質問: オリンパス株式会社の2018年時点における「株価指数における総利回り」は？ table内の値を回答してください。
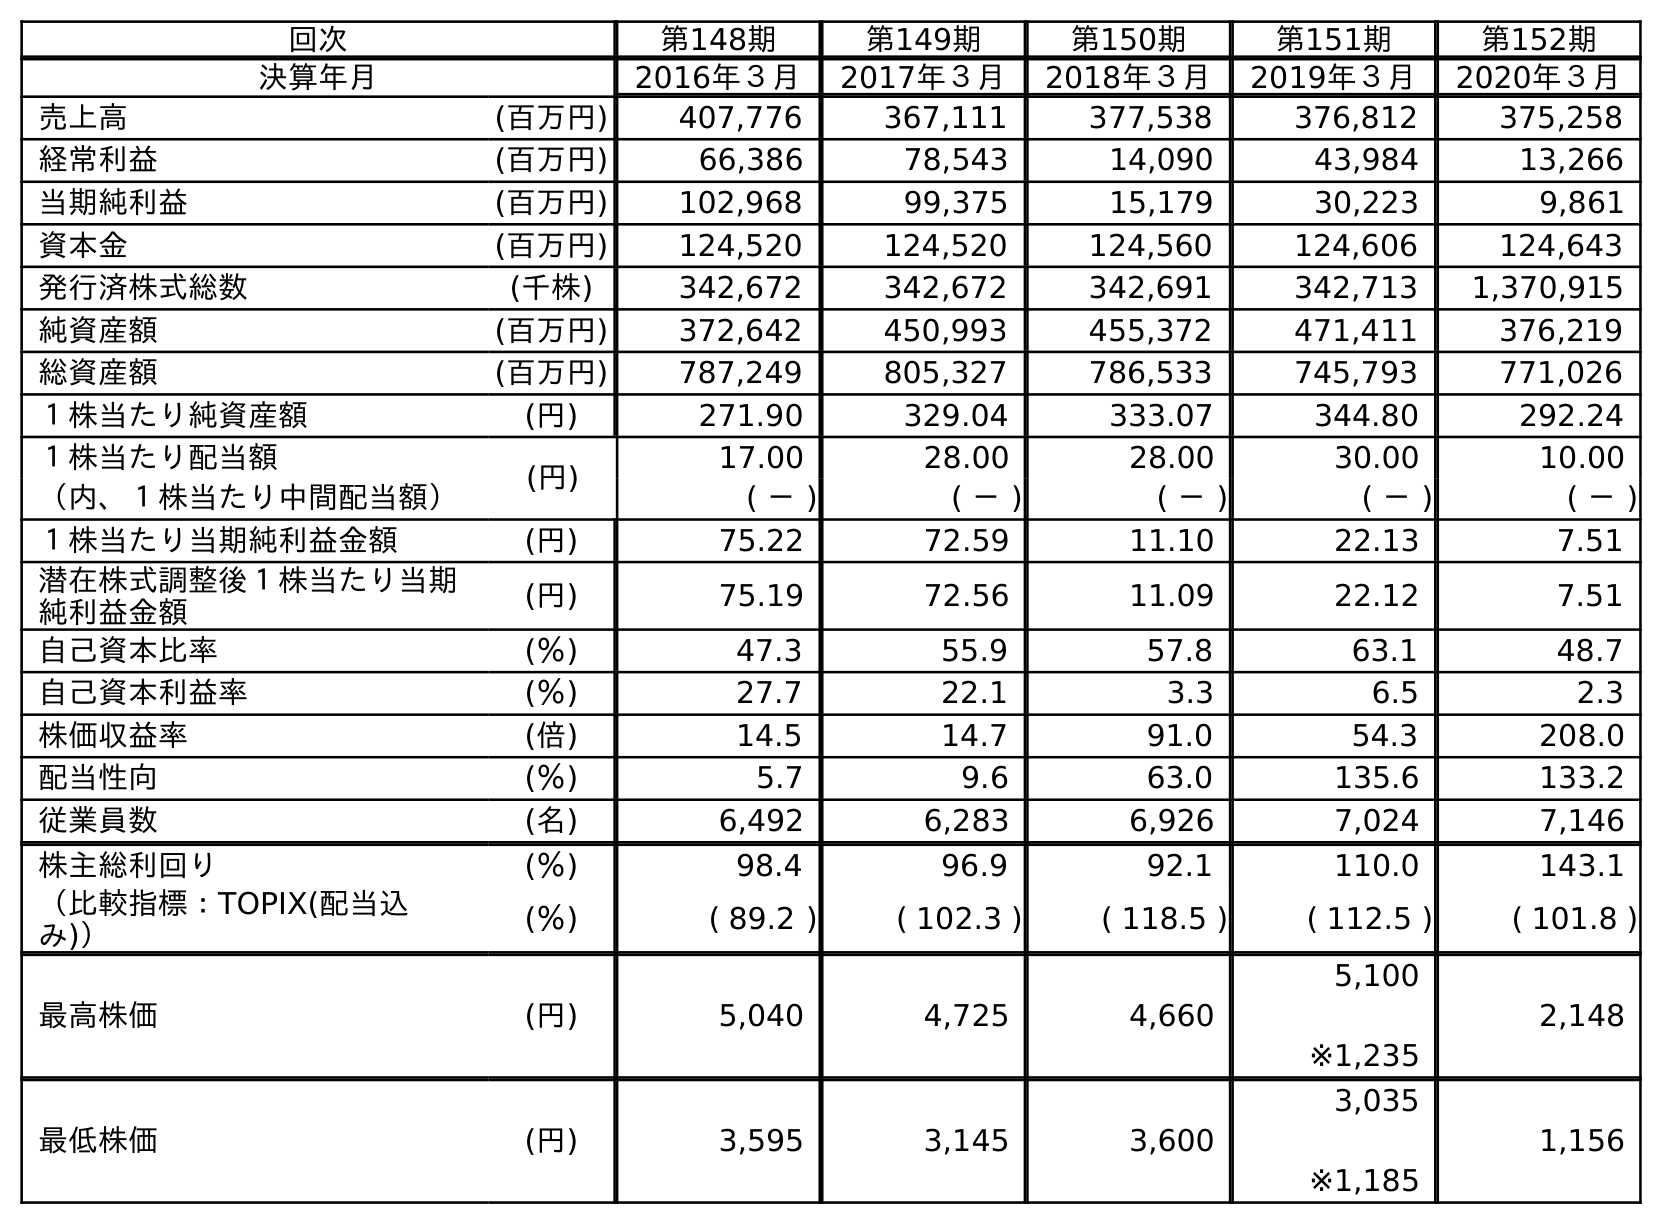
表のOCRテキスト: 回次 第148期 第149期 第150期 第151期 第152期 決算年月 2016年３月 2017年３月 2018年３月 2019年３月 2020年３月 売上高 (百万円) 407,776 367,111 377,538 376,812 375,258 経常利益 (百万円) 66,386 78,543 14,090 43,984 13,266 当期純利益 (百万円) 102,968 99,375 15,179 30,223 9,861 資本金 (百万円) 124,520 124,520 124,560 124,606 124,643 発行済株式総数 (千株) 342,672 342,672 342,691 342,713 1,370,915 純資産額 (百万円) 372,642 450,993 455,372 471,411 376,219 総資産額 (百万円) 787,249 805,327 786,533 745,793 771,026 １株当たり純資産額 (円) 271.90 329.04 333.07 344.80 292.24 １株当たり配当額 (円) 17.00 28.00 28.00 30.00 10.00 （内、１株当たり中間配当額） ( － ) ( － ) ( － ) ( － ) ( － ) １株当たり当期純利益金額 (円) 75.22 72.59 11.10 22.13 7.51 潜在株式調整後１株当たり当期 純利益金額 (円) 75.19 72.56 11.09 22.12 7.51 自己資本比率 (％) 47.3 55.9 57.8 63.1 48.7 自己資本利益率 (％) 27.7 22.1 3.3 6.5 2.3 株価収益率 (倍) 14.5 14.7 91.0 54.3 208.0 配当性向 (％) 5.7 9.6 63.0 135.6 133.2 従業員数 (名) 6,492 6,283 6,926 7,024 7,146 株主総利回り (％) 98.4 96.9 92.1 110.0 143.1 （比較指標：TOPIX(配当込 み)） (％) ( 89.2 ) ( 102.3 ) ( 118.5 ) ( 112.5 ) ( 101.8 ) 最高株価 (円) 5,040 4,725 4,660 5,100 ※1,235 2,148 最低株価 (円) 3,595 3,145 3,600 3,035 ※1,185 1,156
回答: (118.5)